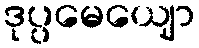
ဒုပ္ပမေယျော